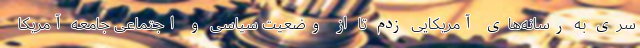
سری به رسانه‌های آمریکایی زدم تا از وضعیت سیاسی و اجتماعی جامعه آمریکا